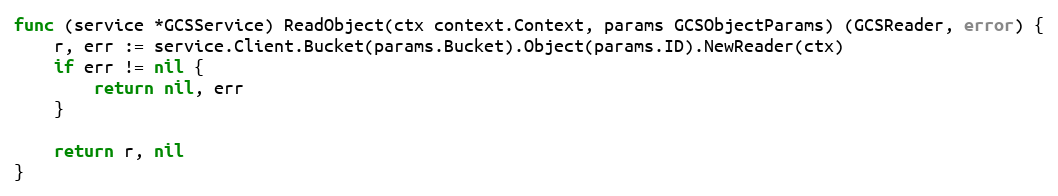
Language: Go
func (service *GCSService) ReadObject(ctx context.Context, params GCSObjectParams) (GCSReader, error) {
	r, err := service.Client.Bucket(params.Bucket).Object(params.ID).NewReader(ctx)
	if err != nil {
		return nil, err
	}

	return r, nil
}